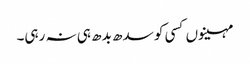
مہینوں کسی کو سدھ بدھ ہی نہ رہی۔